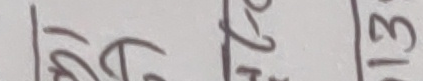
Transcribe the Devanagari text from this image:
१७ २८ १३